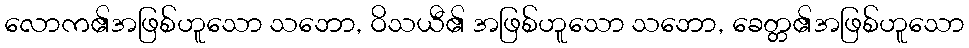
လောက၏အဖြစ်ဟူသော သဘော, ဝိသယီ၏ အဖြစ်ဟူသော သဘော, ခေတ္တ၏အဖြစ်ဟူသော